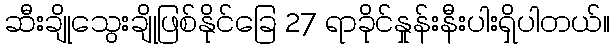
ဆီးချိုသွေးချိုဖြစ်နိုင်ခြေ 27 ရာခိုင်နှုန်းနီးပါးရှိပါတယ်။